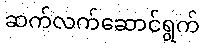
ဆက်လက်ဆောင်ရွက်